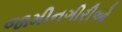
જામીનગીરીઓ